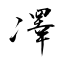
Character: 凙